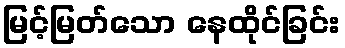
မြင့်မြတ်သော နေထိုင်ခြင်း